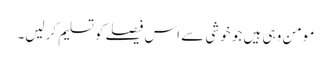
مومن وہی ہیں جو خوشی سے اس فیصلے کو تسلیم کرلیں۔